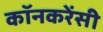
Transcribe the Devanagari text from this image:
कॉनकरेंसी